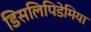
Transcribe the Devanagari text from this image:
डिसलिपिडेमिया